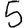
Digit: 5